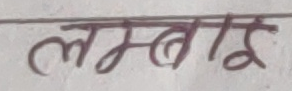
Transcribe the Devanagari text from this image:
लम्बाई